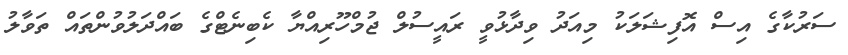
ސަރުކާގެ އިސް އޮފިޝަލަކު މިއަދު ވިދާޅުވީ ރައީސުލް ޖުމްހޫރިއްޔާ ކެބިނެޓްގެ ބައްދަލުވުންތައް ތަވާލު